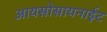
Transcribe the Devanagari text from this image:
आयसोसायनाईट